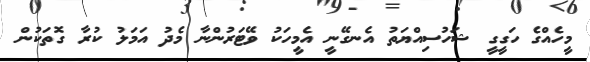
މީހެއްގެ ހަގީގީ ޝަހުސިއްޔަތު އެނގޭނީ އެމީހަކު ވޭޓަރުންނާ މެދު އަމަލު ކުރާ ގޮތަކުން